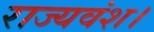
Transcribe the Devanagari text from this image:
राज्यवंश।